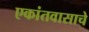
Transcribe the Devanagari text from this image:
एकांतवासाचे